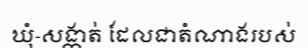
ឃុំ-សង្កាត់ ដែលជាតំណាងរបស់